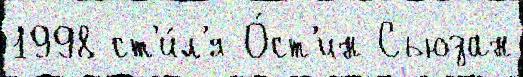
1998 ст'и́л'я О́ст'ин Сьюзан